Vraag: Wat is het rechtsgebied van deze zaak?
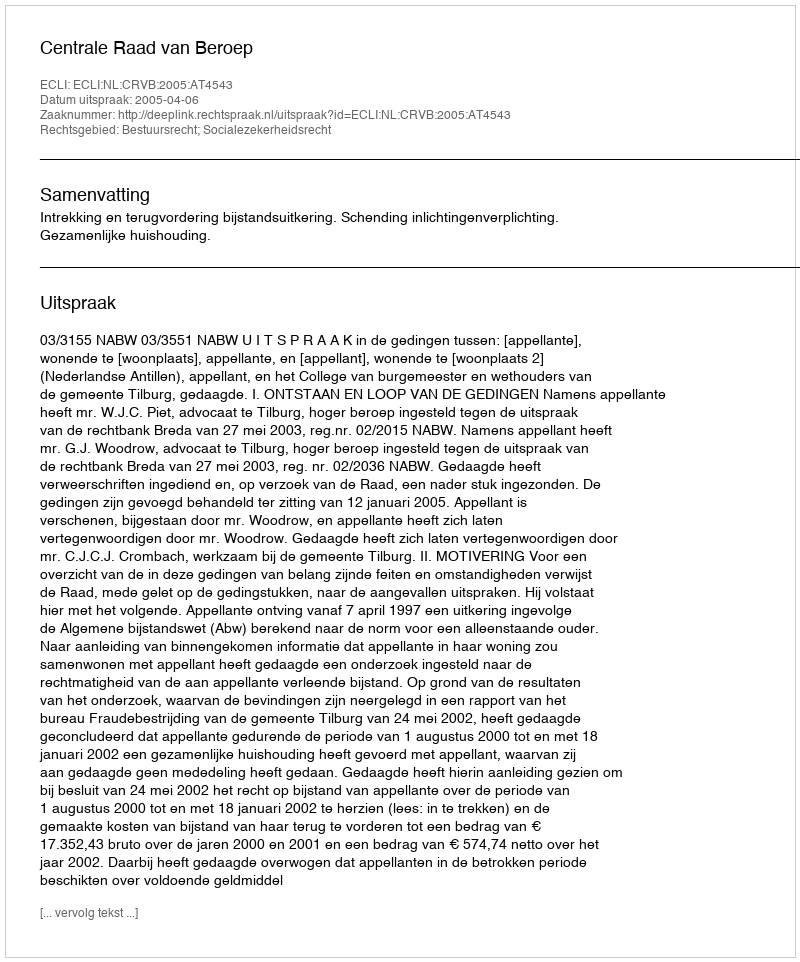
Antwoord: Bestuursrecht; Socialezekerheidsrecht